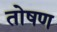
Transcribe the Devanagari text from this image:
तोषण